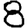
Digit: 8